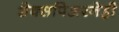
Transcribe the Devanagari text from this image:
शेक्सपिअरनेही